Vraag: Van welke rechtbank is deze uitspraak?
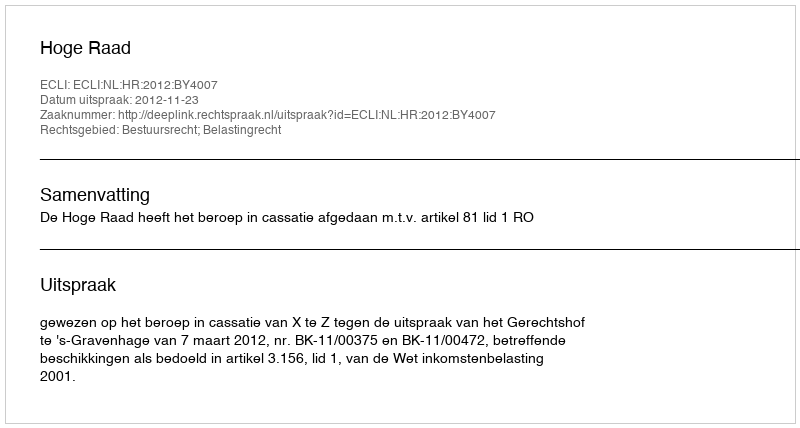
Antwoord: Hoge Raad